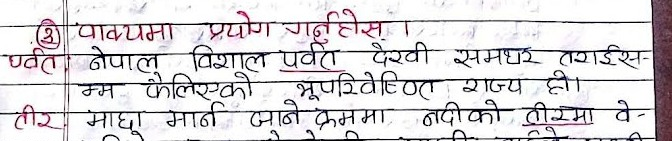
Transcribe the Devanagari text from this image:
② पाक्यमा प्रयोग गर्नुहोस् ।
पर्वत नेपाल विशाल पर्वत देखी
समथर तराईस
म्म फैलिएको भूपरिवेष्ठित राज्य हो।
तीर माछा मार्न जाने क्रममा नदीको तीरमा वे